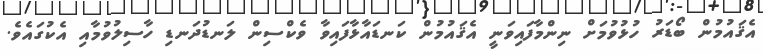
އެޤައުމުން ބޯޑަރު ހުޅުވުމަށް ނިންމާފައިވަނީ އެޤައުމުން ކަނޑައާޅާފައިވާ ވެކްސިން ލަނޑުދަނޑި ހާސިލުވުމާއި އެކުގައެވެ.